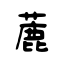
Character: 蔍